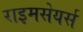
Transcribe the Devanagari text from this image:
राइमसेयर्स